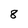
Character: 8